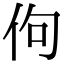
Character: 佝